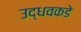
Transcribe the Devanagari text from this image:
उद्धवकडे